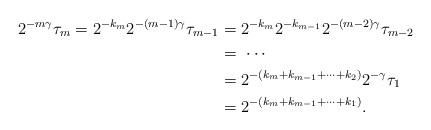
LaTeX: \begin{align*}2^{-m\gamma}\tau_{m}=2^{-k_{m}}2^{-(m-1)\gamma}\tau_{m-1} & =2^{-k_{m}}2^{-k_{m-1}}2^{-(m-2)\gamma}\tau_{m-2}\\ & =\ \cdots\\ & =2^{-(k_{m}+k_{m-1}+\cdots+k_{2})}2^{-\gamma}\tau_{1} \\ & =2^{-(k_{m}+k_{m-1}+\cdots+k_{1})}.\end{align*}